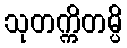
သုတက္ကိတမ္ပိ